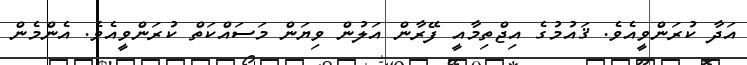
އަދާ ކުރަންވީއެވެ. ޤައުމުގެ އިޖްތިމާއީ ފޭރާން އަލުން ވިޔަން މަސައްކަތް ކުރަންވީއެވެ. އެންމެން